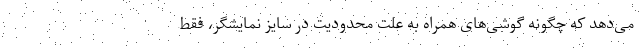
می‌دهد که چگونه گوشی‌های همراه به علت محدودیت در سایز نمایشگر، فقط